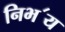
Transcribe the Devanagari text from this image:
निभ॔य